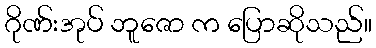
ဂိုဏ်းအုပ် ဘူဇော က ပြောဆိုသည်။